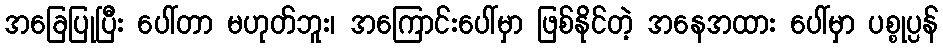
အခြေပြုပြီး ပေါ်တာ မဟုတ်ဘူး၊ အကြောင်းပေါ်မှာ ဖြစ်နိုင်တဲ့ အနေအထား ပေါ်မှာ ပစ္စုပ္ပန်